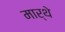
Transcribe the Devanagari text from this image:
मार्थे